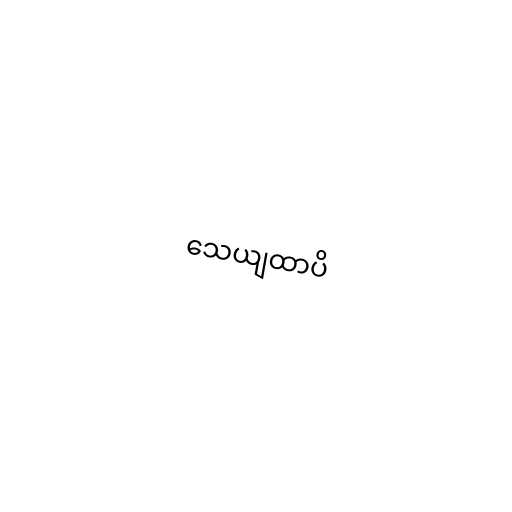
သေယျထာပိ